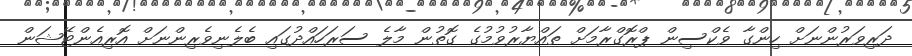
ދަރިވަރުންނަށް ހިންގާ ވެކްސިން ޕްރޮގްރާމަށް ތައްޔާރުވުމުގެ ގޮތުން މާލެ ސަރަހައްދުގައި ބެލެނިވެރިންނަށް އޮރިއެންޓޭޝަން